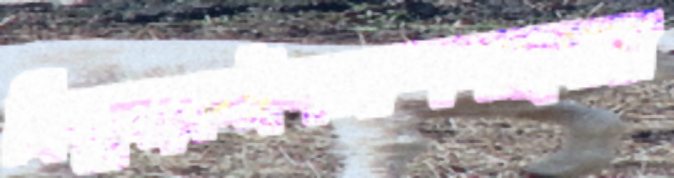
মিথুনকেইপলাশগাছধারা